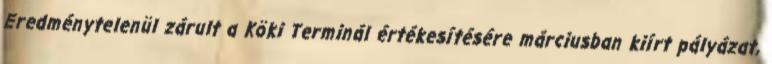
Eredménytelenül zárult a Köki Terminál értékesítésére márciusban kiírt pályázat,